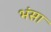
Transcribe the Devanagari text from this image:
भंसा